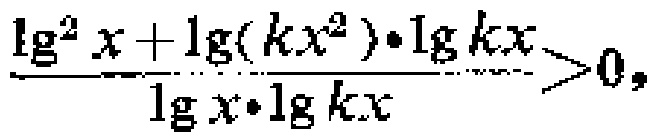
\(\frac{\lg^{2}x + \lg(kx^{2})\cdot\lg kx}{\lg x\cdot\lg kx}>0\)